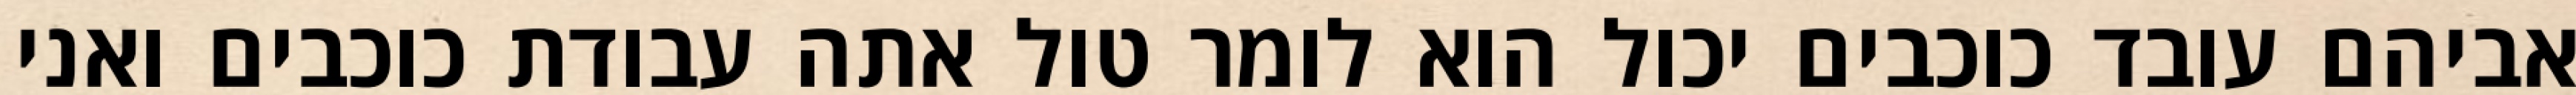
אביהם עובד כוכבים יכול הוא לומר טול אתה עבודת כוכבים ואני